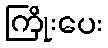
ကြိုးပေး